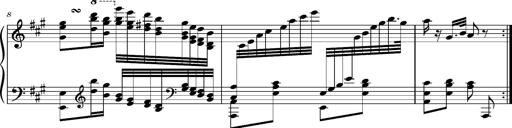
Title: Ungarischer Romanzero
Composer: Franz Liszt